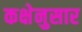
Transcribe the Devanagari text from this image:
कक्षेनुसार